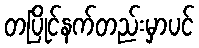
တပြိုင်နက်တည်းမှာပင်